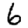
Digit: 6